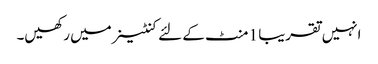
انہیں تقریبا 1 منٹ کے لئے کنٹینر میں رکھیں۔